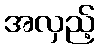
အလှည့်